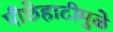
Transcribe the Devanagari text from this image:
पीछेहाटीमुळे